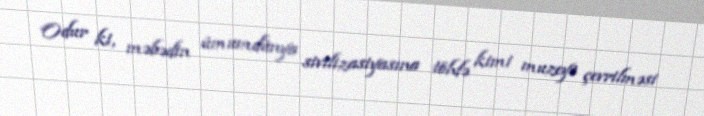
Odur ki, məbədin ümumdünya sivilizasiyasına töhfə kimi muzeyə çevrilməsi